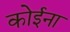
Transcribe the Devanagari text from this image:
कोईना